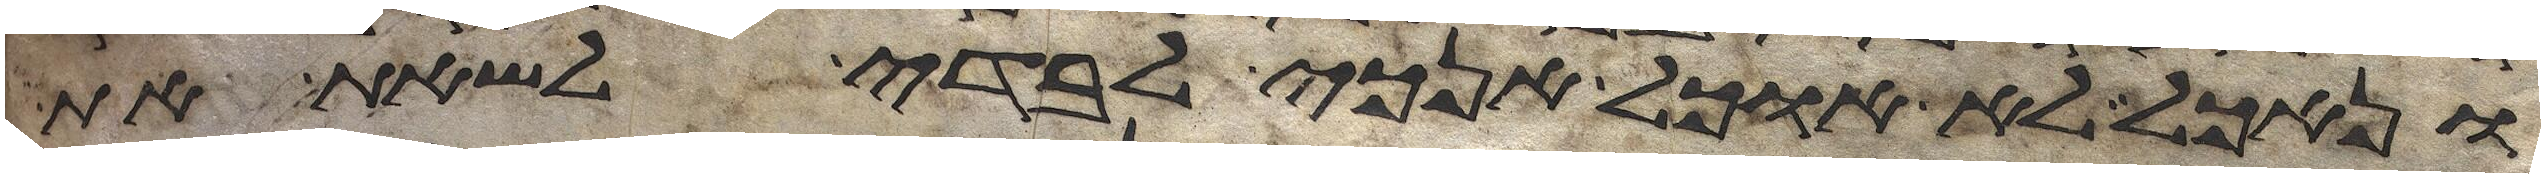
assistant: ונאכל לא אוכל אנכי לבדי לשאת את